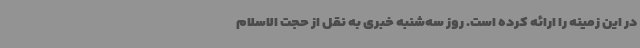
در این زمینه را ارائه کرده است. روز سه‌شنبه خبری به نقل از حجت الاسلام